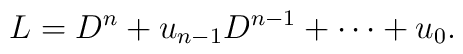
L=D^n + u_{n-1}D^{n-1} + \cdots + u_0.